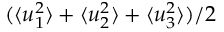
( \langle u _ { 1 } ^ { 2 } \rangle + \langle u _ { 2 } ^ { 2 } \rangle + \langle u _ { 3 } ^ { 2 } \rangle ) / 2